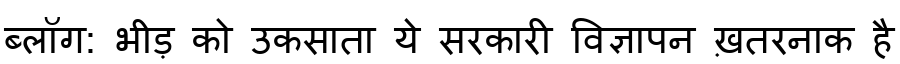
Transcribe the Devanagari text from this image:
ब्लॉग: भीड़ को उकसाता ये सरकारी विज्ञापन ख़तरनाक है